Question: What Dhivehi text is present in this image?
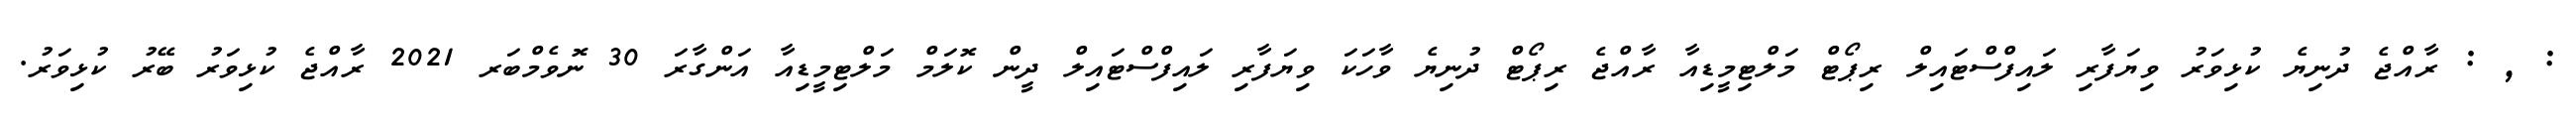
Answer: : , : ރާއްޖެ ދުނިޔެ ކުޅިވަރު ވިޔަފާރި ލައިފްސްޓައިލް ރިޕޯޓް މަލްޓިމީޑިއާ ރާއްޖެ ރިޕޯޓް ދުނިޔެ ވާހަކަ ވިޔަފާރި ލައިފްސްޓައިލް ދީން ކޮލަމް މަލްޓިމީޑިއާ އަންގާރަ 30 ނޮވެމްބަރ 2021 ރާއްޖެ ކުޅިވަރު ބޭރު ކުޅިވަރު.